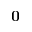
\mathbf { 0 }